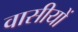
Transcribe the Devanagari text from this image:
वासीयों